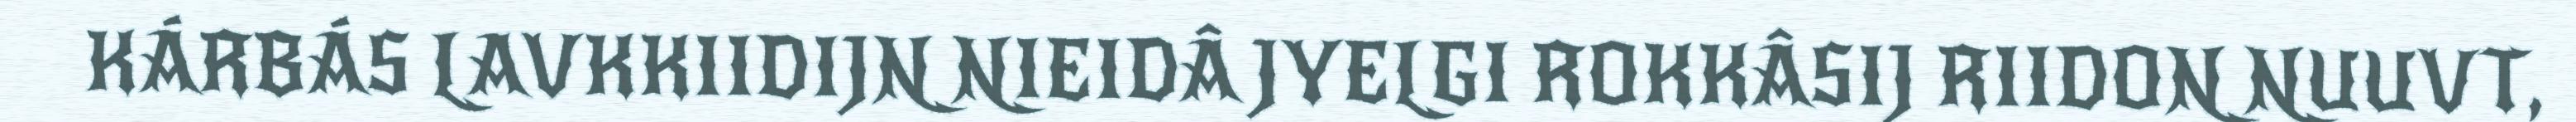
KÁRBÁS LAVKKIIDIJN NIEIDÂ JYELGI ROKKÂSIJ RIIDON NUUVT,